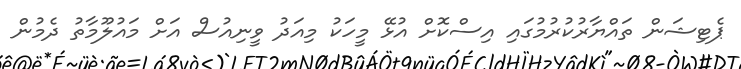
ޕެޓިޝަން ތައްޔާރުކުރުމުގައި އިސްކޮށް އުޅޭ މީހަކު މިއަދު ވީނިއުސް އަށް މައުލޫމާތު ދެމުން